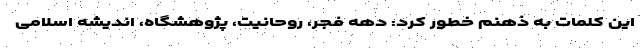
این کلمات به ذهنم خطور کرد: دهه فجر، روحانیت، پژوهشگاه، اندیشه اسلامی